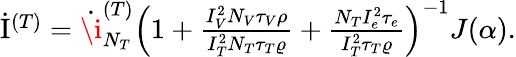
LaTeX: \begin{array}{r}{\dot{\mathrm{I}}^{(T)}=\dot{\i}_{N_{T}}^{(T)}\left(1+\frac{I_{V}^{2}N_{V}\tau_{V}\rho}{I_{T}^{2}N_{T}\tau_{T}\varrho}+\frac{N_{T}I_{e}^{2}\tau_{e}}{I_{T}^{2}\tau_{T}\varrho}\right)^{-1}J(\alpha).}\end{array}